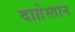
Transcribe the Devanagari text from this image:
दाग़ेस्तान